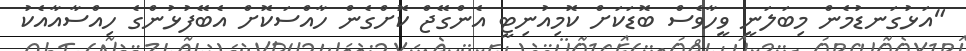
"އަޅުގަނޑުމެން މިބަލަނީ ވީހާވެސް ބޮޑަކަށް ކޮމިއުނިޓީ އެންގޭޖް ކޮށްގެން ހާއްސަކޮށް އެބޭފުޅުންގެ ހިއްސާއާއެކު